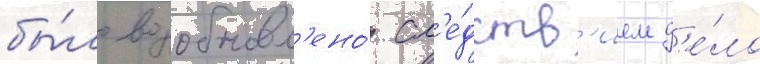
бы́ло возобновл'ено́ сл'е́дств'ием д'е́ло